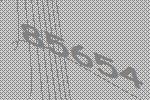
85654